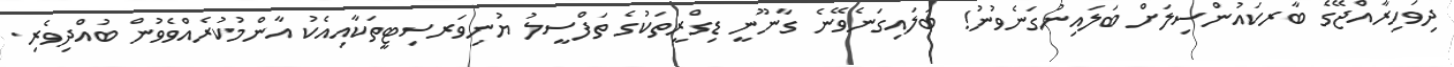
ދިވަހިރާއްޖޭގެ ބާރކައުންސިލަށް ބަލައިނުގަނެވުނު! ބަލައިގަނެވޭނެ ގާނޫނީ ޑިގްރީތަކުގެ ތަފްސީލު ޔުނިވަރސިޓީތަކާއިއެކު އާންމުކުރެއްވެވުން ބުއްދިވެރި.